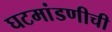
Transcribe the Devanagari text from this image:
घटमांडणीची